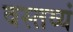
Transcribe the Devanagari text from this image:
वस्तव्यं